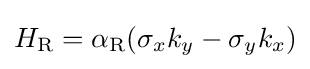
H_{\rm {R}}=\alpha _{\rm {R}}(\sigma _{x}k_{y}-\sigma _{y}k_{x})